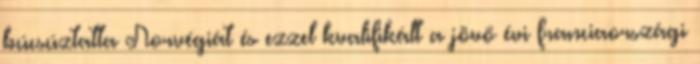
búcsúztatta Norvégiát és ezzel kvalifikált a jövő évi franciaországi